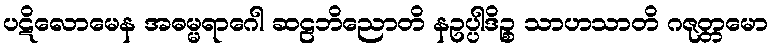
ပဋိလောမေန အဓမ္မရာဂေါ ဆဠဘိညောတိ နဥပ္ပါဒိဉ္စ သာဟသာတိ ဂဇုတ္တမော